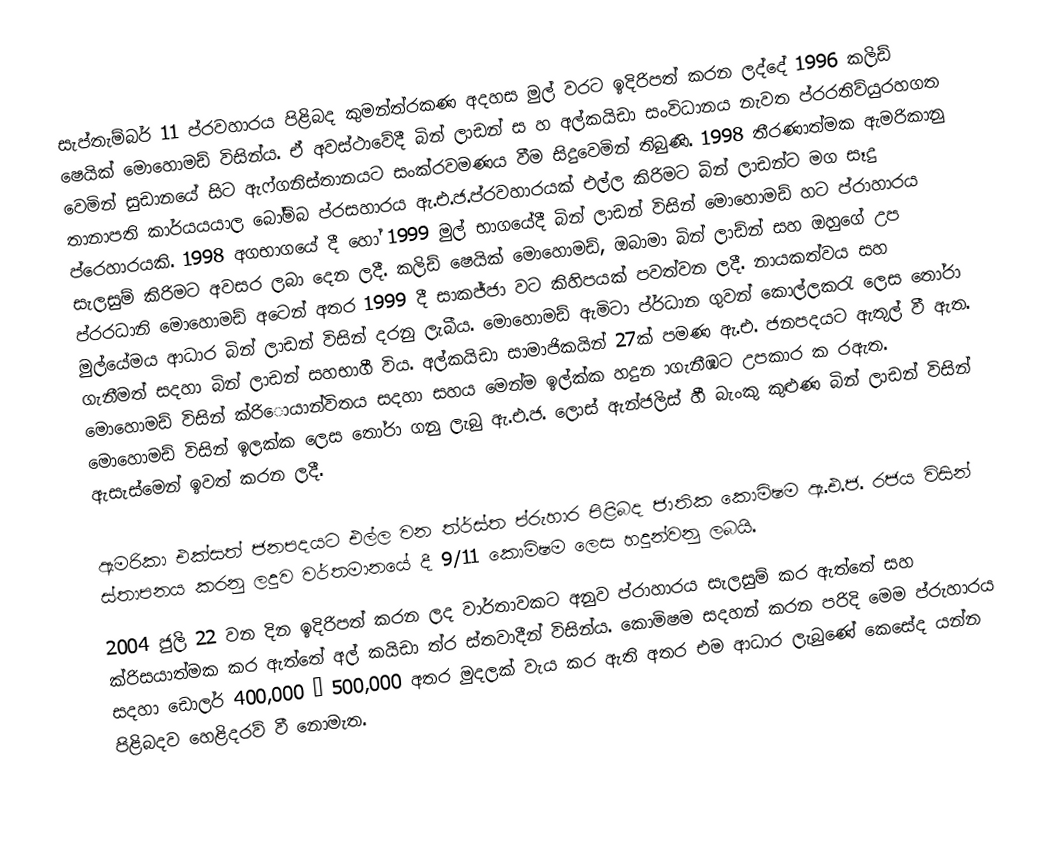
සැප්තැම්බර් 11 ප්රවහාරය පිළිබද කුමන්ත්රකණ අදහස මුල් වරට ඉදිරිපත් කරන ලද්දේ 1996 කලිඩ් ෂෙයික් මොහොමඩ් විසින්ය. ඒ අවස්ථාවේදී බින් ලාඩන් ස හ අල්කයිඩා සංවිධානය නැවත ප්රරතිව්යුරහගත වෙමින් සුඩානයේ සිට ඇෆ්ගනිස්තානයට සංක්රවමණය වීම සිදුවෙමින් තිබුණි. 1998 තීරණාත්මක ඇමරිකානු තානාපති කාර්යයයාල බෝම්බ ප්රසහාරය ඇ.එ.ජ.ප්රවහාරයක් එල්ල කිරිමට බින් ලාඩන්ට මග සෑදු ප්රෙහාරයකි. 1998 අගභාගයේ දී හෝ 1999 මුල් භාගයේදී බින් ලාඩන් විසින් මොහොමඩ් හට ප්රාහාරය සැලසුම් කිරිමට අවසර ලබා දෙන ලදී. කලිඩ් ෂෙයික් මොහොමඩ්, ඔබාමා බින් ලාඩ්න් සහ ඔහුගේ උප ප්රරධානි  මොහොමඩ් අටෙන් අතර 1999 දී සාකජ්ජා වට කිහිපයක් පවත්වන ලදී. නායකත්වය සහ මුල්යේමය ආධාර බින් ලාඩන් විසින් දරනු ලැබීය.  මොහොමඩ් ඇමිටා  ප්ර්ධාන ගුවන් කොල්ලකරැ  ලෙස තෝරා ගැනීමත් සදහා බින් ලාඩන් සහභාගී විය. අල්කයිඩා සාමාජිකයින් 27ක් පමණ ඇ.එ. ජනපදයට ඇතුල් වී ඇත. මොහොමඩ් විසින් ක්රිොයාන්විතය සදහා සහය මෙන්ම ඉල්ක්ක හදුන ාගැනීඹට උපකාර ක රඇත. මොහොමඩ් විසින් ඉලක්ක ලෙස තෝරා ගනු ලැබු ඇ.එ.ජ. ලොස් ඇන්ජලිස් හී බැංකු කුළුණ බින් ලාඩන් විසින් ඇසැස්මෙන් ඉවත් කරන ලදී.

ඇමරිකා එක්සත් ජනපදයට එල්ල වන ත්ර්ස්ත ප්රුහාර පිළිබද ජාතික කොමිෂම ඇ.එ.ජ. රජය විසින් ස්තාපනය        කරනු ලදුව වර්තමානයේ දී 9/11 කොමිෂම ලෙස හදුන්වනු ලබයි.
2004 ජුලි 22 වන දින ඉදිරිපත් කරන ලද වාර්තාවකට අනුව ප්රාහාරය සැලසුම් කර ඇත්තේ සහ ක්රිසයාත්මක කර ඇත්තේ අල් කයිඩා ත්ර ස්තවාදීන් විසින්ය. කොමිෂම සදහන් කරන පරිදි මෙම ප්රුහාරය සදහා ඩොලර් 400,000 – 500,000 අතර මුදලක් වැය කර ඇති අතර එම ආධාර ලැබුණේ කෙසේද යන්න පිළිබදව හෙළිදරව් වී නොමැත.